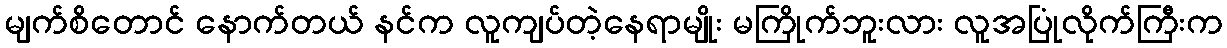
မျက်စိတောင် နောက်တယ် နင်က လူကျပ်တဲ့နေရာမျိုး မကြိုက်ဘူးလား လူအပြုံလိုက်ကြီးက